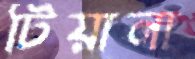
টিয়ানা